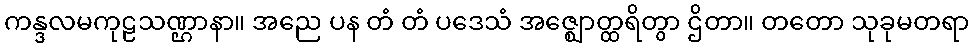
ကန္ဒလမကုဠသဏ္ဌာနာ။ အညေ ပန တံ တံ ပဒေသံ အဇ္ဈောတ္ထရိတွာ ဌိတာ။ တတော သုခုမတရာ